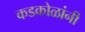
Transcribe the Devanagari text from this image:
कडकोळांनी